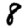
Digit: 8